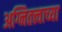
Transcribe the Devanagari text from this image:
अग्नितत्त्वाच्या